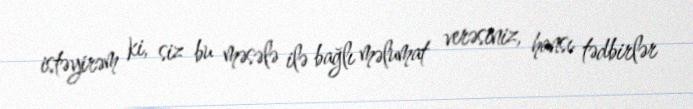
istəyirəm ki, siz bu məsələ ilə bağlı məlumat verəsiniz, hansı tədbirlər